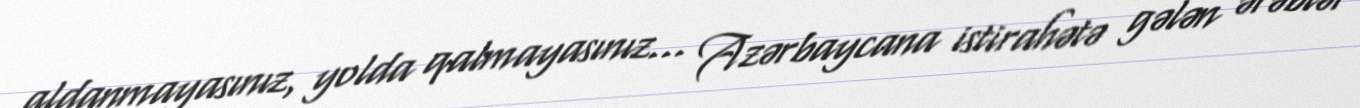
aldanmayasınız, yolda qalmayasınız... Azərbaycana istirahətə gələn ərəblər